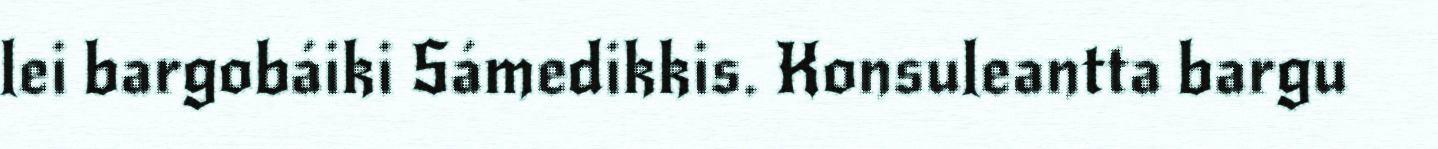
lei bargobáiki Sámedikkis. Konsuleantta bargu